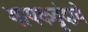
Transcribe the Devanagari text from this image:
गायकवृंदाचे